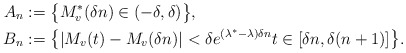
\begin{align*}A_n&:=\big\{M^*_v(\delta n)\in(-\delta,\delta)\big\},\\B_n&:=\big\{|M_v(t)-M_v(\delta n)|<\delta e^{(\lambda^*-\lambda)\delta n}t\in[\delta n,\delta(n+1)]\big\}.\end{align*}